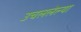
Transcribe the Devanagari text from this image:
उचललेल्या